Treatise on elephants
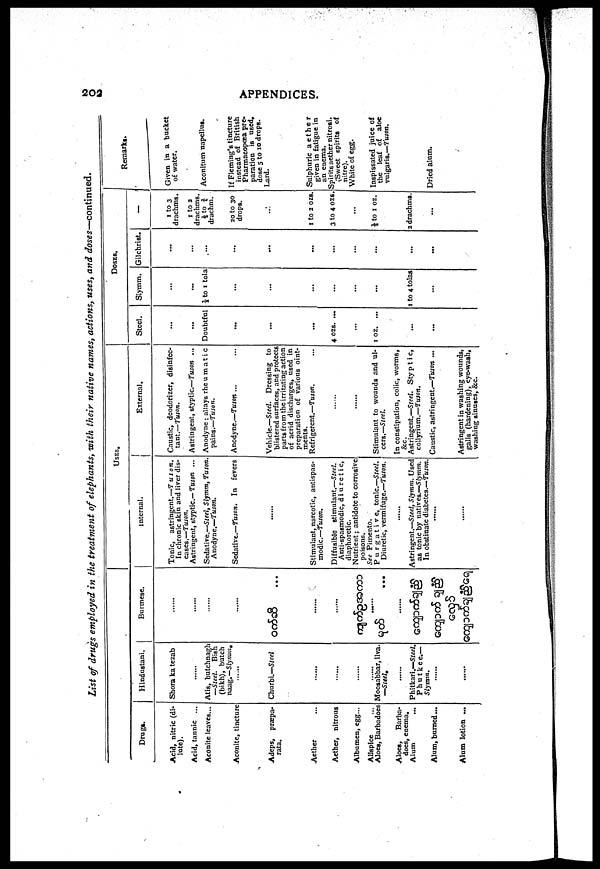
203
APPENDICES.
List of drugs employed in the treatment of elephants, with their native names, actions, uses, and doses—continued.
Drugs.
Acid, nitric (di
lute).
Acid, tannic ...
Aconite leaves...
Aconite, tincture
Adeps, præpa-
rata.
Aether
Aether, nitrous
Albumen, egg...
Allspice
Aloes, Barbadoes
Aloes, Barba
does, enema.
Alum
Alum, burned...
Alum lotion ...
Hindustani.
Shora ka tezab
Atis, butchnagh
—Steel. Bish
(bikh), butch
naag.—Slymm.
Churbi.—Steel
Moosabbar, ilva.
—Steel.
......
Phitkari.—Steel.
Phutkee.—
Slymm.
Burmese.
......
......
......
......
...
......
USES.
Internal.
Tonic, astringent.—Tuson.
In chronic skin and liver dis
eases.—Tuson.
Astringent, styptic—Tuson ...
Sedative.—Steel, Slymm, Tuton
Anodyne.—Tuson.
Sedative.—Tuson. In fevers
Stimulant, narcotic, antispas
modic.—Tuson.
Diffusible stimulant.—Steel.
Anti-spasmodic, diuretic,
diaphoretic.
Nutrient; antidote to corrosive
poisons.
See Pimento.
Purgative, tonic.—Steel.
Diuretic, vermifuge.—Tuson.
Astringent.—Steel, Slymm. Used
as tonic by natives.—Slymm.
In obstinate diabetes.—Tuson.
External.
Caustic, deodorizer, disinfec
tant.—Tuson.
Astringent, styptic.—Tuson ...
Anodyne ; allays rheumatic
pains.—Tuson.
Anodyne.—Tuton ...
Vehicle.—Steel. Dressing to
blistered surfaces, and protects
parts from the irritating action
of acrid discharges, used in
preparation of various oint
ments.
Refrigerent.—Tuson.
Stimulant to wounds and ul
cers.—Steel.
In constipation, colic, worms,
&c.
Astringent.—Steel. Styptic,
collyrium.—Tuson.
Caustic, astringent.—Tuson ...
Astringent in washing wounds,
galls (hardening), eye-wash,
washing sinuses, &c.
DOSES.
Steel.
...
Doubtful
...
...
4 ozs. ...
1 OZ. ...
Slymm.
...
⅓ to 1 tola
...
1 to 4 tolas
Gilchrist.
...
...
...
...
-
I to 3
drachms.
1 to 2
drachms.
drachm.
20 to 30
drops.
1 to 2 ozs.
3 to 4 ozs.
½ to 1 oz.
2 drachms.
Remarks.
Given in a bucket
of water.
Aconitum napellus.
If Fleming's tincture
instead of British
Pharmacopœa pre
paration is used,
dose 5 to 10 drops.
Lard.
Sulphuric aether
given in fatigue in
an enema.
Spirits aether nitrosi.
(Sweet spirits of
nitre).
White of egg.
Inspissated juice of
the leaf of aloe
vulgaris.—Tuson.
Dried alum.